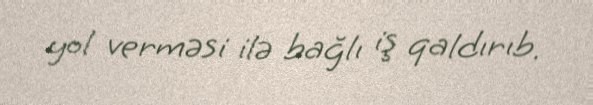
yol verməsi ilə bağlı iş qaldırıb.